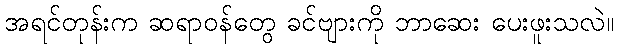
အရင်တုန်းက ဆရာဝန်တွေ ခင်ဗျားကို ဘာဆေး ပေးဖူးသလဲ။